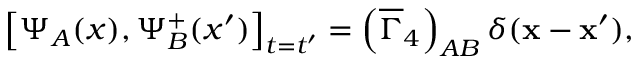
\left[ \Psi _ { A } ( x ) , \Psi _ { B } ^ { + } ( x ^ { \prime } ) \right] _ { t = t ^ { \prime } } = \left( \overline { { { \Gamma } } } _ { 4 } \right) _ { A B } \delta ( \mathbf { x } - \mathbf { x } ^ { \prime } ) ,